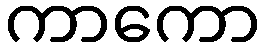
ကာကော